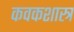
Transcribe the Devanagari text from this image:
कवकशास्त्र